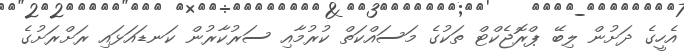
އެހީގެ ދަށުން ލިބޭ ޕްރޮޖެކްޓް ތަކުގެ މަސައްކަތް ކުރުމާއި ސަރުކާރުން ކަނޑައަޅައި ރަށްރަށުގެ